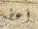
أعطه